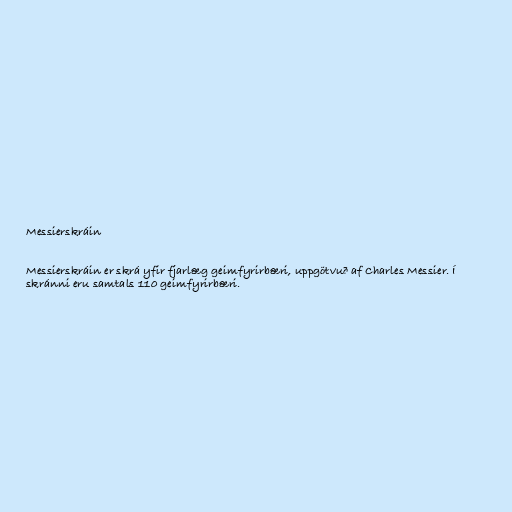
Messierskráin

Messierskráin er skrá yfir fjarlæg geimfyrirbæri, uppgötvuð af Charles Messier. Í
skránni eru samtals 110 geimfyrirbæri.